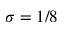
\sigma = 1 / 8